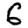
Digit: 6